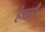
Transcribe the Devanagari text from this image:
हैवहाँ